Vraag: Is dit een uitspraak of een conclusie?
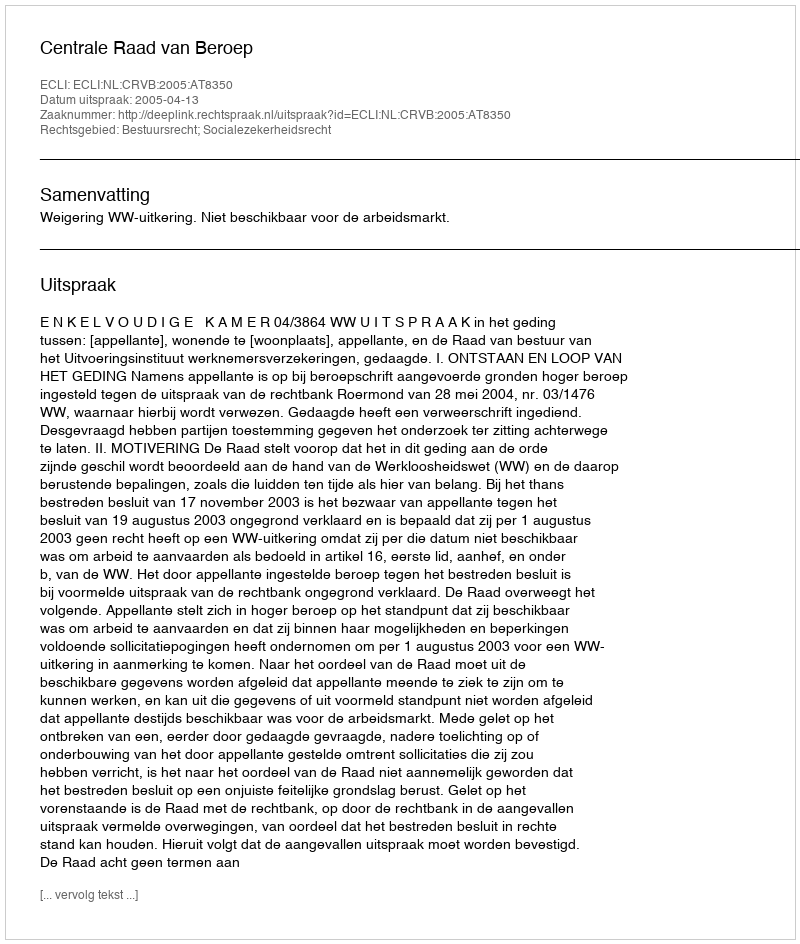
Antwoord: Uitspraak